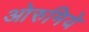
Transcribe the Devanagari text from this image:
ओरुमिये